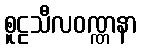
စူဠသီလဝဏ္ဏနာ